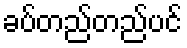
ခပ်တည်တည်ပင်